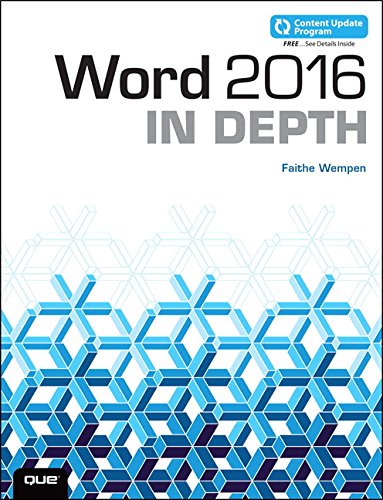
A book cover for Word 2016 In Depth (includes Content Update Program); Faithe Wempen; Computers & Technology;